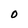
Character: O